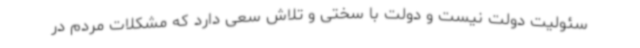
سئولیت دولت نیست و دولت با سختی و تلاش سعی دارد که مشکلات مردم در